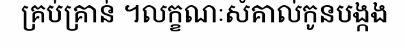
គ្រប់គ្រាន់ ។លក្ខណៈសំគាល់កូនបង្កង